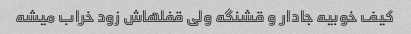
کیف خوبیه جادار و قشنگه ولی قفلهاش زود خراب میشه